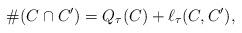
LaTeX: \begin{align*}\#(C\cap C') = Q_\tau(C) + \ell_\tau(C,C'),\end{align*}